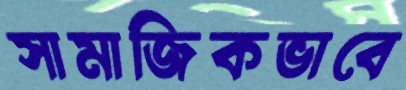
সামাজিকভাবে